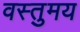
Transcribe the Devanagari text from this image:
वस्तुमय